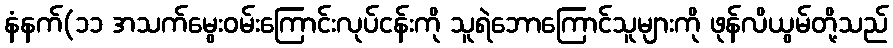
နံနက်(၁၁ အသက်မွေးဝမ်းကြောင်းလုပ်ငန်းကို သူရဲဘောကြောင်သူများကို ဖုန်လိယွမ်တို့သည်